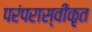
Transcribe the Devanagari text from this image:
परंपरास्वीकृत